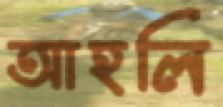
আহলি